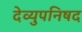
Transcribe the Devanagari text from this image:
देव्युपनिषद